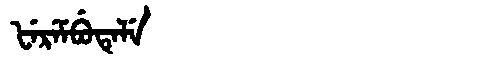
Manchu: ᡶᡝᡵᡝᠮᠪᡠᡨᡝᠯᡝ
Romanization: FEREMBUTELE